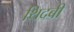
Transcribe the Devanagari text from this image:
थिदबी